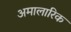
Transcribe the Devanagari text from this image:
अमालारिक